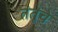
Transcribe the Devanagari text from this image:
तंतूंचे